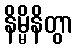
နိမ္မိနိတွာ